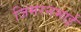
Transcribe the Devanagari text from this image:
जिमरनभाई